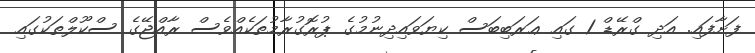
ފަށާފައި. އަދި ގްރޭޑް 1 ގައި ޢަރަބިބަސް ކިޔަވައިދިނުމުގެ ޕުރޮގުރާމުތަކެއްވެސް ރާއްޖޭގެ ސްކޫލްތަކުގައި